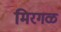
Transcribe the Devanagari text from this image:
मिरगळ